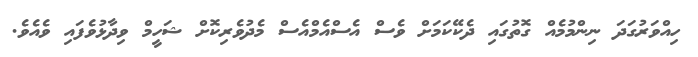
ހިއްވަރުގަދަ ނިންމުމެއް ގޮތުގައި ދެކޭކަމަށް ވެސް އެސްއެމްއެސް މެދުވެރިކޮށް ޝަހީމް ވިދާޅުވެފައި ވެއެވެ.